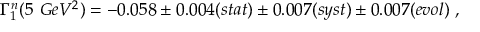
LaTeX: \Gamma _ { 1 } ^ { n } ( 5 ~ G e V ^ { 2 } ) = - 0 . 0 5 8 \pm 0 . 0 0 4 ( s t a t ) \pm 0 . 0 0 7 ( s y s t ) \pm 0 . 0 0 7 ( e v o l ) ~ ,